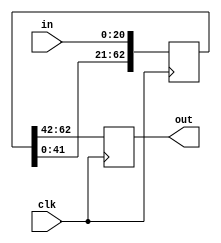
`timescale 1ns / 1ps
//////////////////////////////////////////////////////////////////////////////////
// Company: 
// Engineer: 
// 
// Design Name: 
// Module Name: buffer2
// Project Name: 
// Target Devices: 
// Tool Versions: 
// Description: 
// 
// Dependencies: 
// 
// Revision:
// Revision 0.01 - File Created
// Additional Comments:
// 
//////////////////////////////////////////////////////////////////////////////////


module buffer2(
    input [20:0] in,
    input clk,
    output reg signed [20:0] out
    );
    
    reg signed [62:0]b;
    
    always @(posedge clk)
    begin
        out = b[62:42];
        b[62:21] = b[41:0];
        b[20:0] = in;
    end
    
endmodule